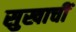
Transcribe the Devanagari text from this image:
सुखाचीं